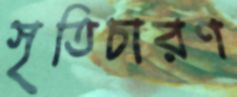
সৃতিচারণ